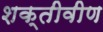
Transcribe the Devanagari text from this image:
शक्तीवीण